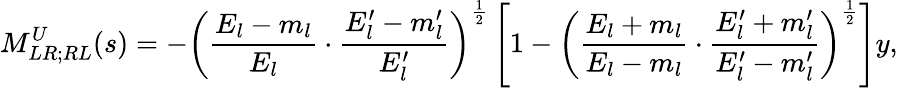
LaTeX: M_{LR;RL}^{U}(s)=-\left(\frac{E_{l}-m_{l}}{E_{l}}\cdot\frac{E_{l}^{\prime}-m_{l}^{\prime}}{E_{l}^{\prime}}\right)^{\frac{1}{2}}\left[1-\left(\frac{E_{l}+m_{l}}{E_{l}-m_{l}}\cdot\frac{E_{l}^{\prime}+m_{l}^{\prime}}{E_{l}^{\prime}-m_{l}^{\prime}}\right)^{\frac{1}{2}}\right]y,